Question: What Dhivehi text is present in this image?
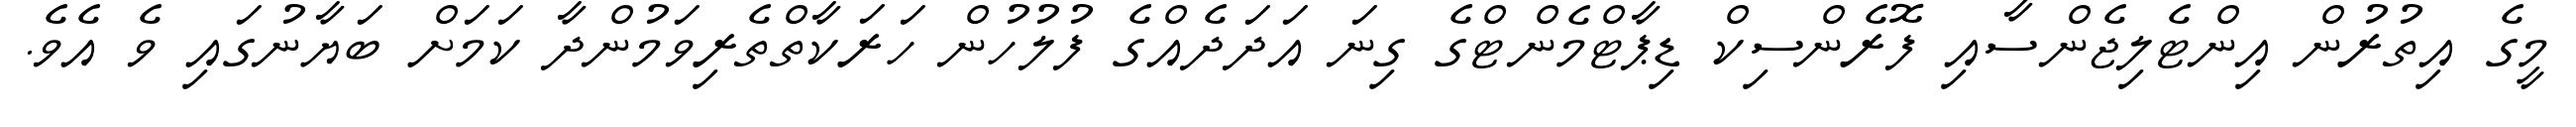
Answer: މީގެ އިތުރުން އިންޓެލިޖެންސާއި ފޮރެންސިކް ޑިޕާޓްމެންޓްގެ ގިނަ އަދަދެއްގެ ފުލުހުން ހަރަކާތްތެރިވަމުންދާ ކަމަށް ބަޔާނުގައި ވެ އެވެ.